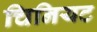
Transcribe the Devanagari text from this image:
चिनियट